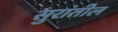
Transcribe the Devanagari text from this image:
सुरांतील